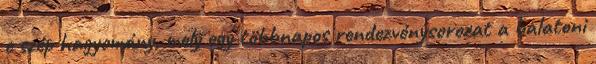
e szép hagyomány, mely egy többnapos rendezvénysorozat a balatoni